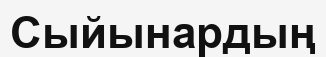
Сыйынардың